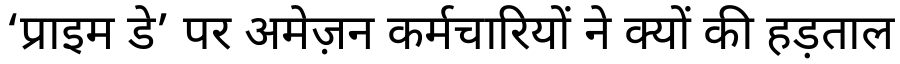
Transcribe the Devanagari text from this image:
‘प्राइम डे’ पर अमेज़न कर्मचारियों ने क्यों की हड़ताल